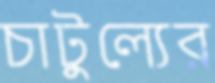
চাটুল্যের